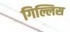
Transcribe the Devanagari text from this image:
गिल्लिस